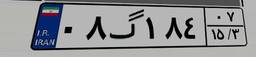
۰۸گ۱۸۴۰۷